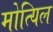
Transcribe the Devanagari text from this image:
मोत्यिल